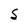
Character: S